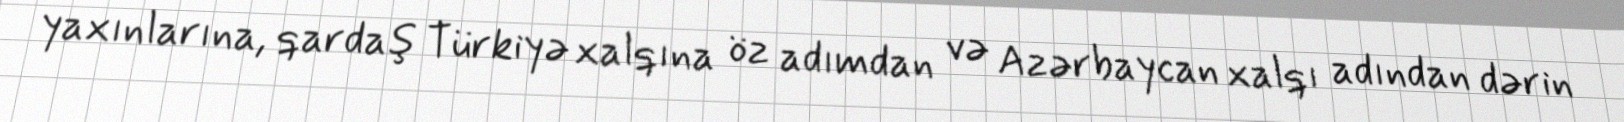
yaxınlarına, qardaş Türkiyə xalqına öz adımdan və Azərbaycan xalqı adından dərin